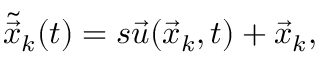
\tilde { \vec { x } } _ { k } ( t ) = s \vec { u } ( \vec { x } _ { k } , t ) + \vec { x } _ { k } ,